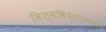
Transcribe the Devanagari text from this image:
विश्वविद्यालयके